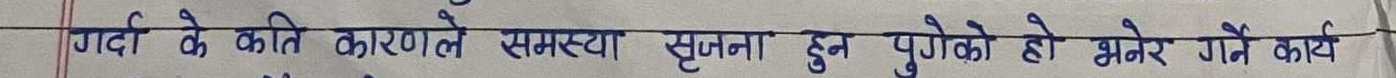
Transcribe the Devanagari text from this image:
गर्दा के कति कारणले समस्या सृजना हुन पुगेको हो भनेर गर्ने कार्य